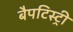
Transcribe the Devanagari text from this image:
बैपटिस्ट्री